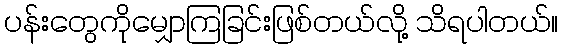
ပန်းတွေကိုမျှောကြခြင်းဖြစ်တယ်လို့ သိရပါတယ်။